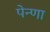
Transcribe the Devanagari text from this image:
पेन्णा